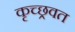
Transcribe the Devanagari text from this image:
कृच्छ्रवत